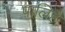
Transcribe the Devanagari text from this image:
पालिहैं